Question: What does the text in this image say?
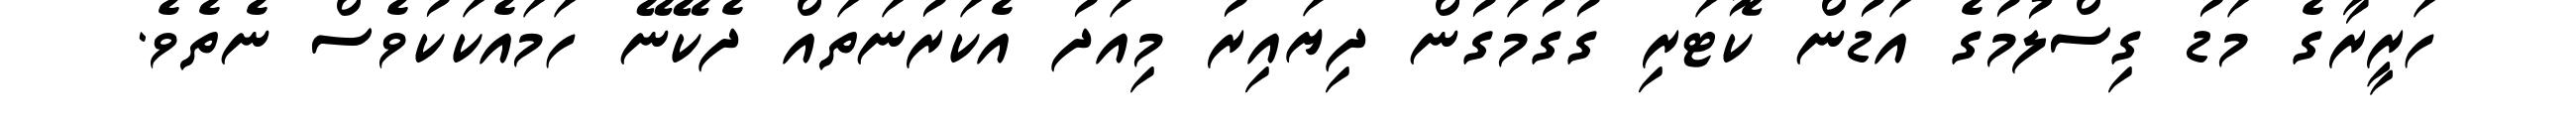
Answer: ހަރީރާގެ މަޑު ގިސްލުމުގެ އަޑުން ކޮޓަރި ގުގުމަގުން ދިޔައިރު މިއަދު އެކަރުނަތައް ދެކޭނޭ ހަމައެކަކުވެސް ނެތެވެ.